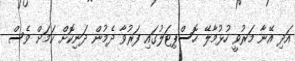
އަދި އޭނާ މަރުވީ ހުޅުމާލޭ ހޮސްޕިޓަލުގައި ފަރުވާ ދެމުން ދަނިކޮށް ކަމަށް ވެސް